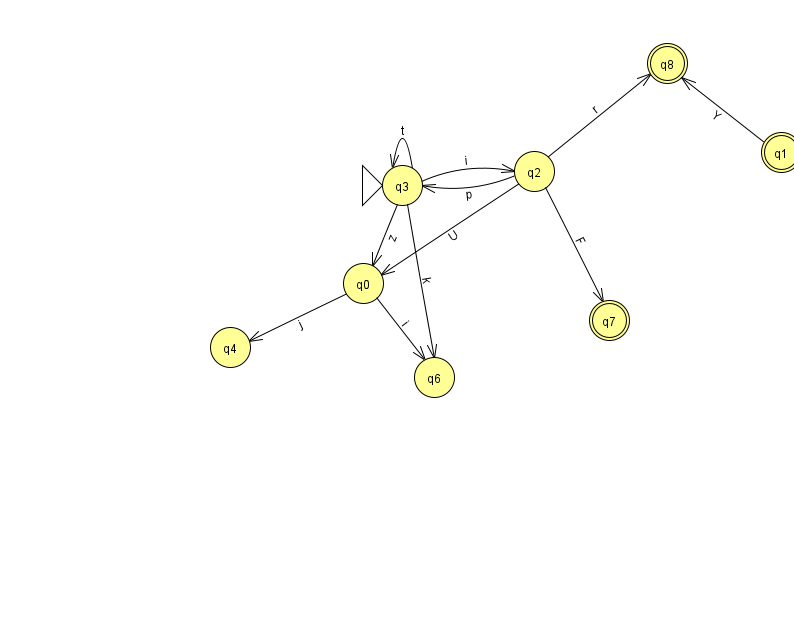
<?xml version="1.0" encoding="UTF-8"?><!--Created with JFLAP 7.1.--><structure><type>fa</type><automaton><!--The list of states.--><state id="0" name="q0"><x>363.0</x><y>270.0</y></state><state id="1" name="q1"><x>781.0</x><y>139.0</y><final/></state><state id="2" name="q2"><x>534.0</x><y>158.0</y></state><state id="3" name="q3"><x>402.0</x><y>172.0</y><initial/></state><state id="4" name="q4"><x>230.0</x><y>334.0</y></state><state id="6" name="q6"><x>434.0</x><y>364.0</y></state><state id="7" name="q7"><x>609.0</x><y>307.0</y><final/></state><state id="8" name="q8"><x>667.0</x><y>50.0</y><final/></state><!--The list of transitions.--><transition><from>3</from><to>3</to><read>t</read></transition><transition><from>2</from><to>7</to><read>F</read></transition><transition><from>3</from><to>2</to><read>i</read></transition><transition><from>2</from><to>8</to><read>r</read></transition><transition><from>3</from><to>0</to><read>z</read></transition><transition><from>2</from><to>0</to><read>U</read></transition><transition><from>2</from><to>3</to><read>p</read></transition><transition><from>3</from><to>6</to><read>k</read></transition><transition><from>0</from><to>6</to><read>i</read></transition><transition><from>0</from><to>4</to><read>j</read></transition><transition><from>1</from><to>8</to><read>Y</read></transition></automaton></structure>